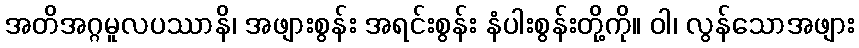
အတိအဂ္ဂမူလပဿာနိ၊ အဖျားစွန်း အရင်းစွန်း နံပါးစွန်းတို့ကို။ ဝါ၊ လွန်သောအဖျား